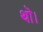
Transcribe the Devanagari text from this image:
थॊ।